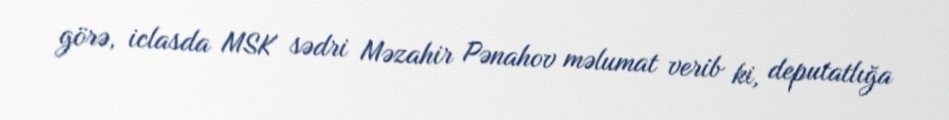
görə, iclasda MSK sədri Məzahir Pənahov məlumat verib ki, deputatlığa